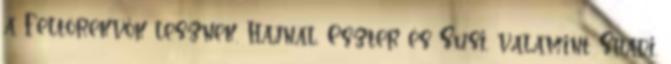
a Feltörekvők lesznek. Hajnal, Eszter és Susi, valamint Shadi,